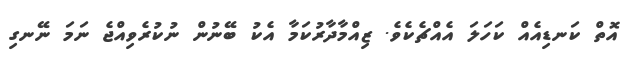
އޮތް ކަނޑިއެއް ކަހަލަ އެއްޗެކެވެ. ޒިއްމާދާރުކަމާ އެކު ބޭނުން ނުކުރެވިއްޖެ ނަމަ ނޭނގި